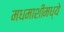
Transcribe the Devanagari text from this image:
मधमाशीमध्ये